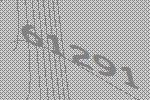
61291